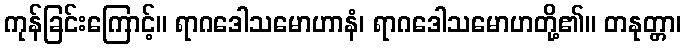
ကုန်ခြင်းကြောင့်။ ရာဂဒေါသမောဟာနံ၊ ရာဂဒေါသမောဟတို့၏။ တနုတ္တာ၊